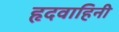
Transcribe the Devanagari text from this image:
हृदवाहिनी